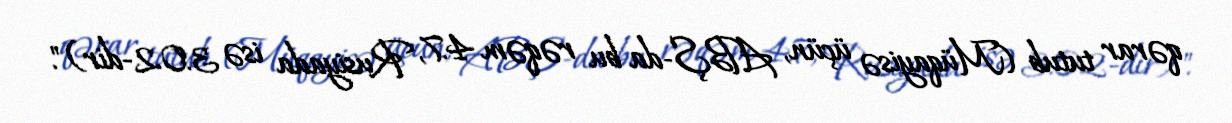
qərar tutub (Müqayisə üçün, ABŞ-da bu rəqəm 4.7, Rusiyada isə 3.02-dir)".